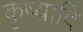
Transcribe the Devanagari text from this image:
कृष्यादि